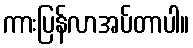
ကားပြန်လာအပ်တာပါ။